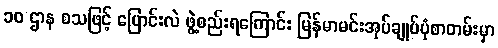
၁၀ ဌာန စသဖြင့် ပြောင်းလဲ ဖွဲ့စည်းရကြောင်း မြန်မာမင်းအုပ်ချုပ်ပုံစာတမ်းမှာ